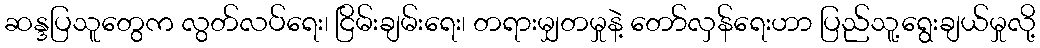
ဆန္ဒပြသူတွေက လွတ်လပ်ရေး၊ ငြိမ်းချမ်းရေး၊ တရားမျှတမှုနဲ့ တော်လှန်ရေးဟာ ပြည်သူ့ရွေးချယ်မှုလို့